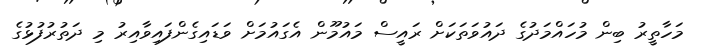
މަހާތީރު ބިން މުހައްމަދުގެ ދައުވަތަކަށް ރައީސް މައުމޫން އެގައުމަށް ވަޑައިގެންފައިވާއިރު މި ދަތުރުފުޅުގެ